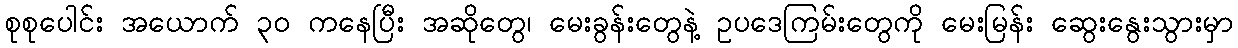
စုစုပေါင်း အယောက် ၃၀ ကနေပြီး အဆိုတွေ၊ မေးခွန်းတွေနဲ့ ဥပဒေကြမ်းတွေကို မေးမြန်း ဆွေးနွေးသွားမှာ